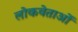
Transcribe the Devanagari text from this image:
लोकवेताओं